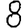
Digit: 8